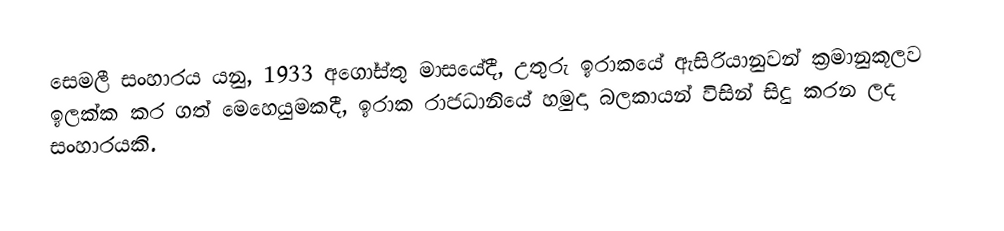
සෙමලී සංහාරය  යනු, 1933 අගෝස්තු මාසයේදී, උතුරු ඉරාකයේ ඇසිරියානුවන් ක්‍රමානුකූලව ඉලක්ක කර ගත් මෙහෙයුමකදී,   ඉරාක රාජධානියේ හමුදා බලකායන් විසින් සිදු කරන ලද සංහාරයකි.